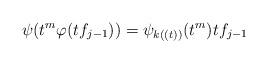
LaTeX: \begin{align*}\psi(t^{m} \varphi(tf_{j-1}))=\psi_{k((t))}(t^{m})tf_{j-1}\end{align*}